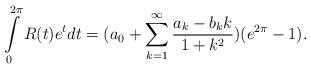
LaTeX: \begin{align*} \int \limits _0^{2 \pi } R(t) e^t dt =(a_0+\sum \limits _{k=1}^{\infty } \frac{a_k-b_k k}{1+k^2})(e^{2 \pi} -1). \end{align*}